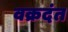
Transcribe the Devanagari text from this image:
वक्रदंत